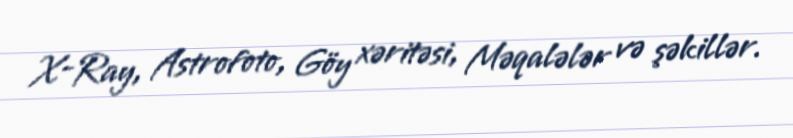
X-Ray, Astrofoto, Göy xəritəsi, Məqalələr və şəkillər.